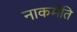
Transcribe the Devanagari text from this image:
नाकमेति